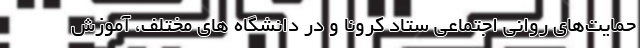
حمایت‌های روانی اجتماعی ستاد کرونا و در دانشگاه های مختلف، آموزش‌